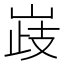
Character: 𡹉